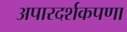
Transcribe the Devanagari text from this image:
अपारदर्शकपणा